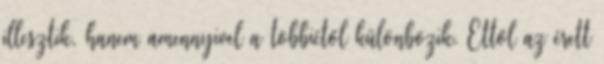
illesztik, hanem amennyivel a többiétől különbözik. Ettől az érett